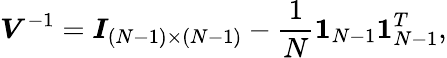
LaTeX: \boldsymbol{V}^{-1}=\boldsymbol{I}_{(N-1)\times(N-1)}-\frac{1}{N}\boldsymbol{1}_{N-1}\boldsymbol{1}_{N-1}^{T},